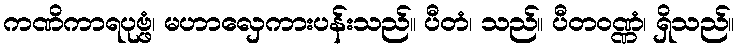
ကဏိကာရပုဗ္ဖံ၊ မဟာလှေကားပန်းသည်။ ပီတံ၊ သည်။ ပီတဝဏ္ဏံ၊ ရှိသည်။